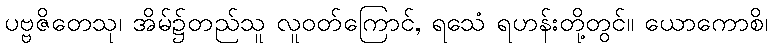
ပဗ္ဗဇိတေသု၊ အိမ်၌တည်သူ လူဝတ်ကြောင်, ရသေံ ရဟန်းတို့တွင်။ ယောကောစိ၊